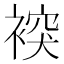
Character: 𧛗